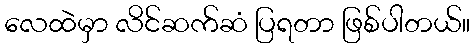
လေထဲမှာ လိင်ဆက်ဆံ ပြရတာ ဖြစ်ပါတယ်။